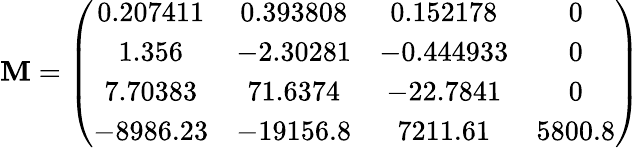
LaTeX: \mathbf{M}=\left(\begin{array}{cccc}{0.207411}&{0.393808}&{0.152178}&{0}\\ {1.356}&{-2.30281}&{-0.444933}&{0}\\ {7.70383}&{71.6374}&{-22.7841}&{0}\\ {-8986.23}&{-19156.8}&{7211.61}&{5800.8}\end{array}\right)